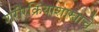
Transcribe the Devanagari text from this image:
शरीरक्रियाशास्त्राचे